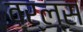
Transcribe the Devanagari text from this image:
वर्ल्स